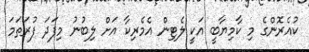
ކުއެރޮންގެ މި ކާމިޔާބީ އަކީ ލެޓިން އެމެރިކާ އަށް ލިބުނު މިފަދަ ފުރަތަމަ